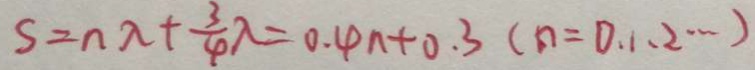
S = n \lambda + \frac { 3 } { 4 } \lambda = 0 . 4 n + 0 . 3 ( n = 0 . 1 . 2 \cdots )